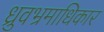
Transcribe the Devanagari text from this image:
ध्रुवभ्रमाधिकार